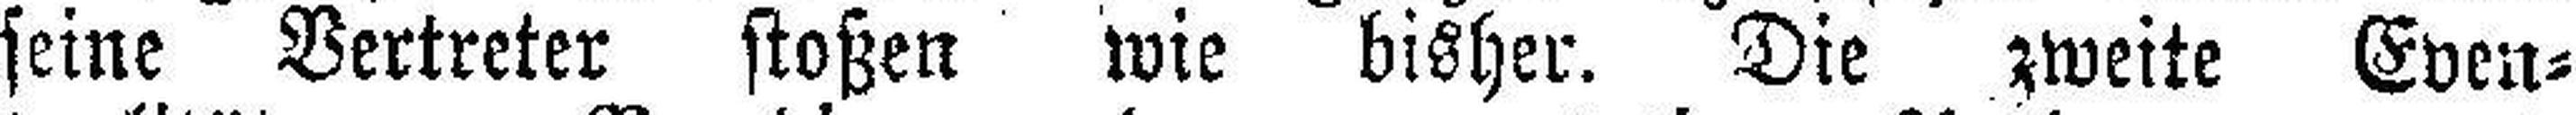
seine Vertreter stoßen wie bisher. Die zweite Even¬